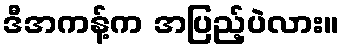
ဒီအကန့်က အပြည့်ပဲလား။